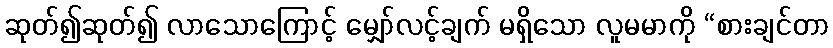
ဆုတ်၍ဆုတ်၍ လာသောကြောင့် မျှော်လင့်ချက် မရှိသော လူမမာကို “စားချင်တာ